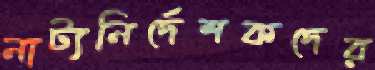
নাট্যনির্দেশকদের